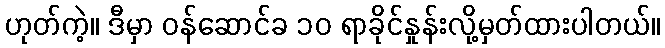
ဟုတ်ကဲ့။ ဒီမှာ ဝန်ဆောင်ခ ၁၀ ရာခိုင်နှုန်းလို့မှတ်ထားပါတယ်။